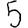
Digit: 5